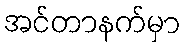
အင်တာနက်မှာ